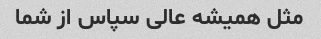
مثل همیشه عالی سپاس از شما